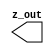
// This program was cloned from: https://github.com/intel/aib-phy-hardware
// License: Apache License 2.0

// SPDX-License-Identifier: Apache-2.0
// Copyright (C) 2019 Intel Corporation. All rights reserved
//****************************************************************************************
// (C) 2011 Altera Corporation. All rights reserved.
//
//****************************************************************************************

//------------------------------------------------------------------------
// Description: GTIEH cell
// 
// GTIEH is a special "buffer" where the output polarity (1 or 0) can be changed 
// at M2 layer
// 
// GITEH will by default drive a constant "1"
//
//------------------------------------------------------------------------

module altr_hps_gtieh (
    output wire         z_out     // output
);

`ifdef ALTR_HPS_INTEL_MACROS_OFF
   assign z_out = 1'b1;
`else
`endif

endmodule // altr_hps_gtieh